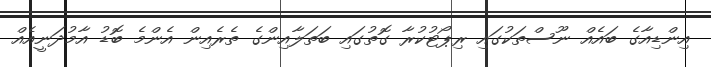
އިންޑިއާގެ ބައެއް ނޫސްތަކުގައި ރިޕޯޓުކުރާ ގޮތުގައި ބަތަލާއިންގެ ތެރެއިން އެންމެ ބޮޑު އާމުދަނީއެއް